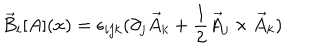
\vec { B } _ { i } [ A ] ( x ) = \epsilon _ { i j k } ( \partial _ { j } \vec { A } _ { k } + \frac { 1 } { 2 } \vec { A } _ { j } \times \vec { A } _ { k } )